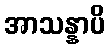
အာသန္နာပိ